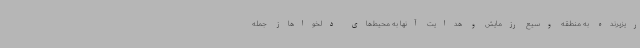
ریزپرنده به منطقه وسیع رزمایش و هدایت آنها به محیط‌های دلخواهاز جمله